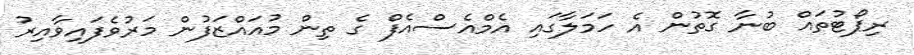
ރިޕޯޓުތައް ބުނާ ގޮތުން އެ ހަމަލާގައި އެމްއެސްއެފް ގެ ތިން މުއައްޒަފުން މަރުވެފައިވާއިރު